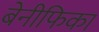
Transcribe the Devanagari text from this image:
बेनीफिका